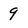
Character: 9